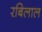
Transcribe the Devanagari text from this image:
रबिलाल